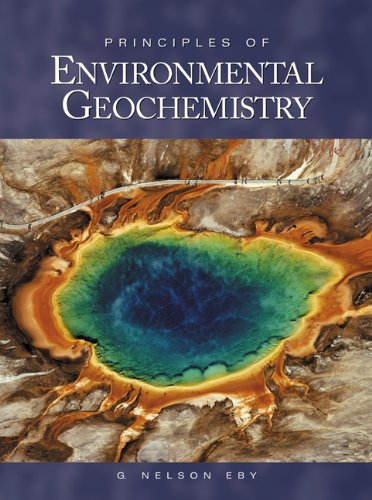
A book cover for Principles of Environmental Geochemistry; Nelson Eby; Science & Math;